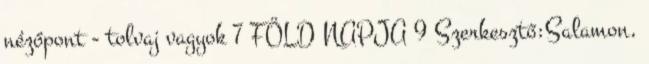
nézőpont - tolvaj vagyok 7 FÖLD NAPJA 9 Szerkesztő:Salamon,